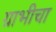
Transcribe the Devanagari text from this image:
ग्राभीचा